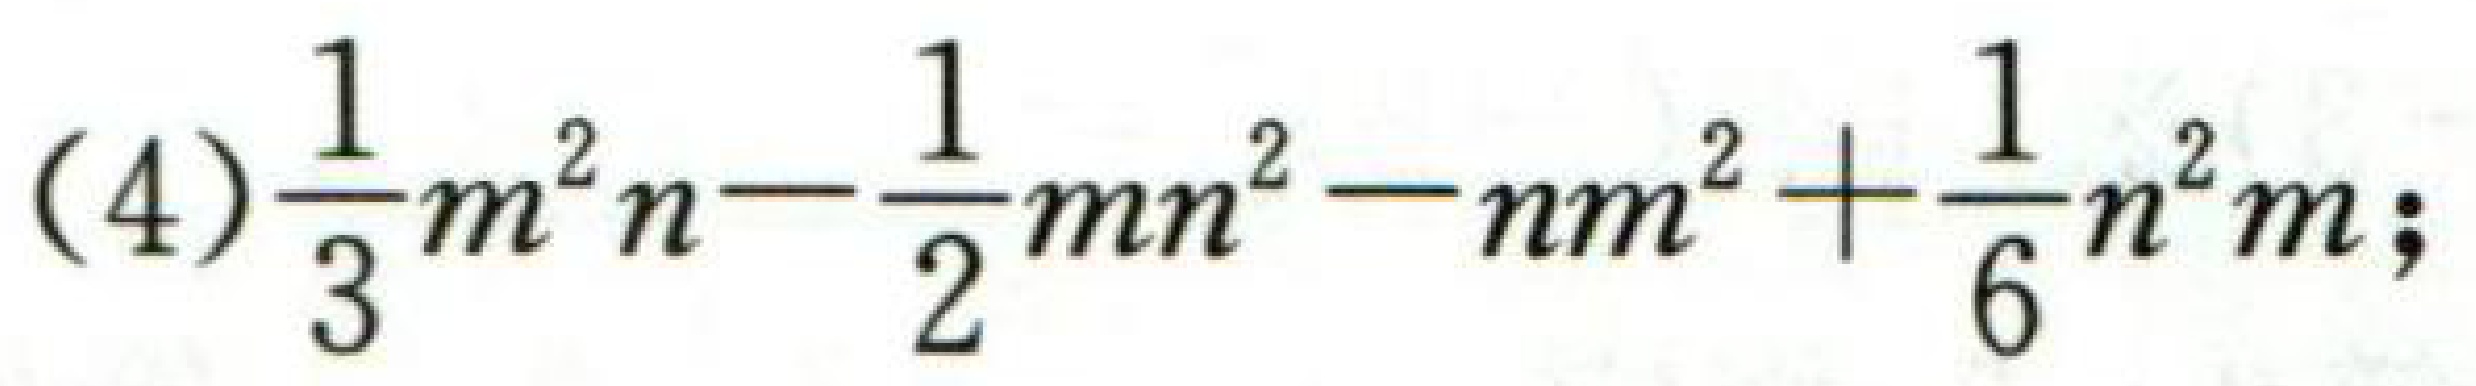
(4)$\frac{1}{3}m^{2}n - \frac{1}{2}mn^{2}-nm^{2}+\frac{1}{6}n^{2}m$;